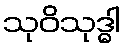
သုဝိသုဒ္ဓါ